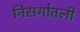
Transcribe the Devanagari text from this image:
निसर्गातली